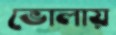
ভোলায়